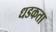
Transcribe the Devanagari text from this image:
धडकता